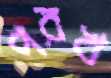
পরখ